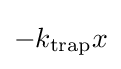
-k_{\mathrm {trap} }x